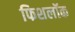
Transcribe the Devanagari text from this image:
फिशलॉक